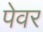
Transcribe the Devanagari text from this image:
पेवर